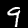
Label: 9